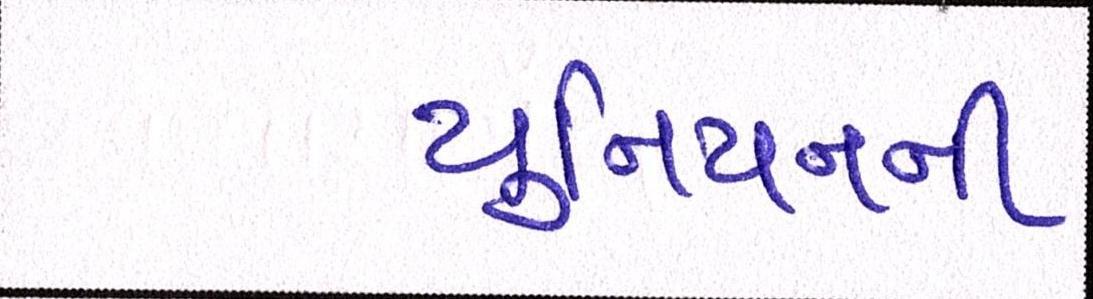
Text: યુનિયનની